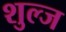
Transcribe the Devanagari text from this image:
शुल्ज